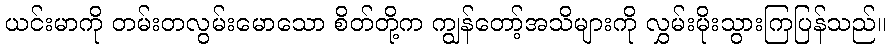
ယင်းမာကို တမ်းတလွမ်းမောသော စိတ်တို့က ကျွန်တော့်အသိများကို လွှမ်းမိုးသွားကြပြန်သည်။